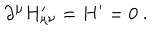
\partial ^ { \mu } H _ { \mu \nu } ^ { \prime } = H ^ { \prime } = 0 ~ .